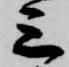
三